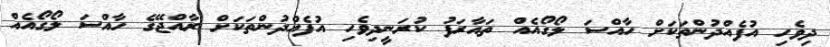
ދިވެހި އުފެއްދުންތަކަށް ހާއްސަ ލޯގޯއެއް ތައާރަފު ކުރަނީދިވެހި އުފެއްދުންތަކަށް ރާއްޖޭގެ ހާއްސަ ލޯގޯއެއް